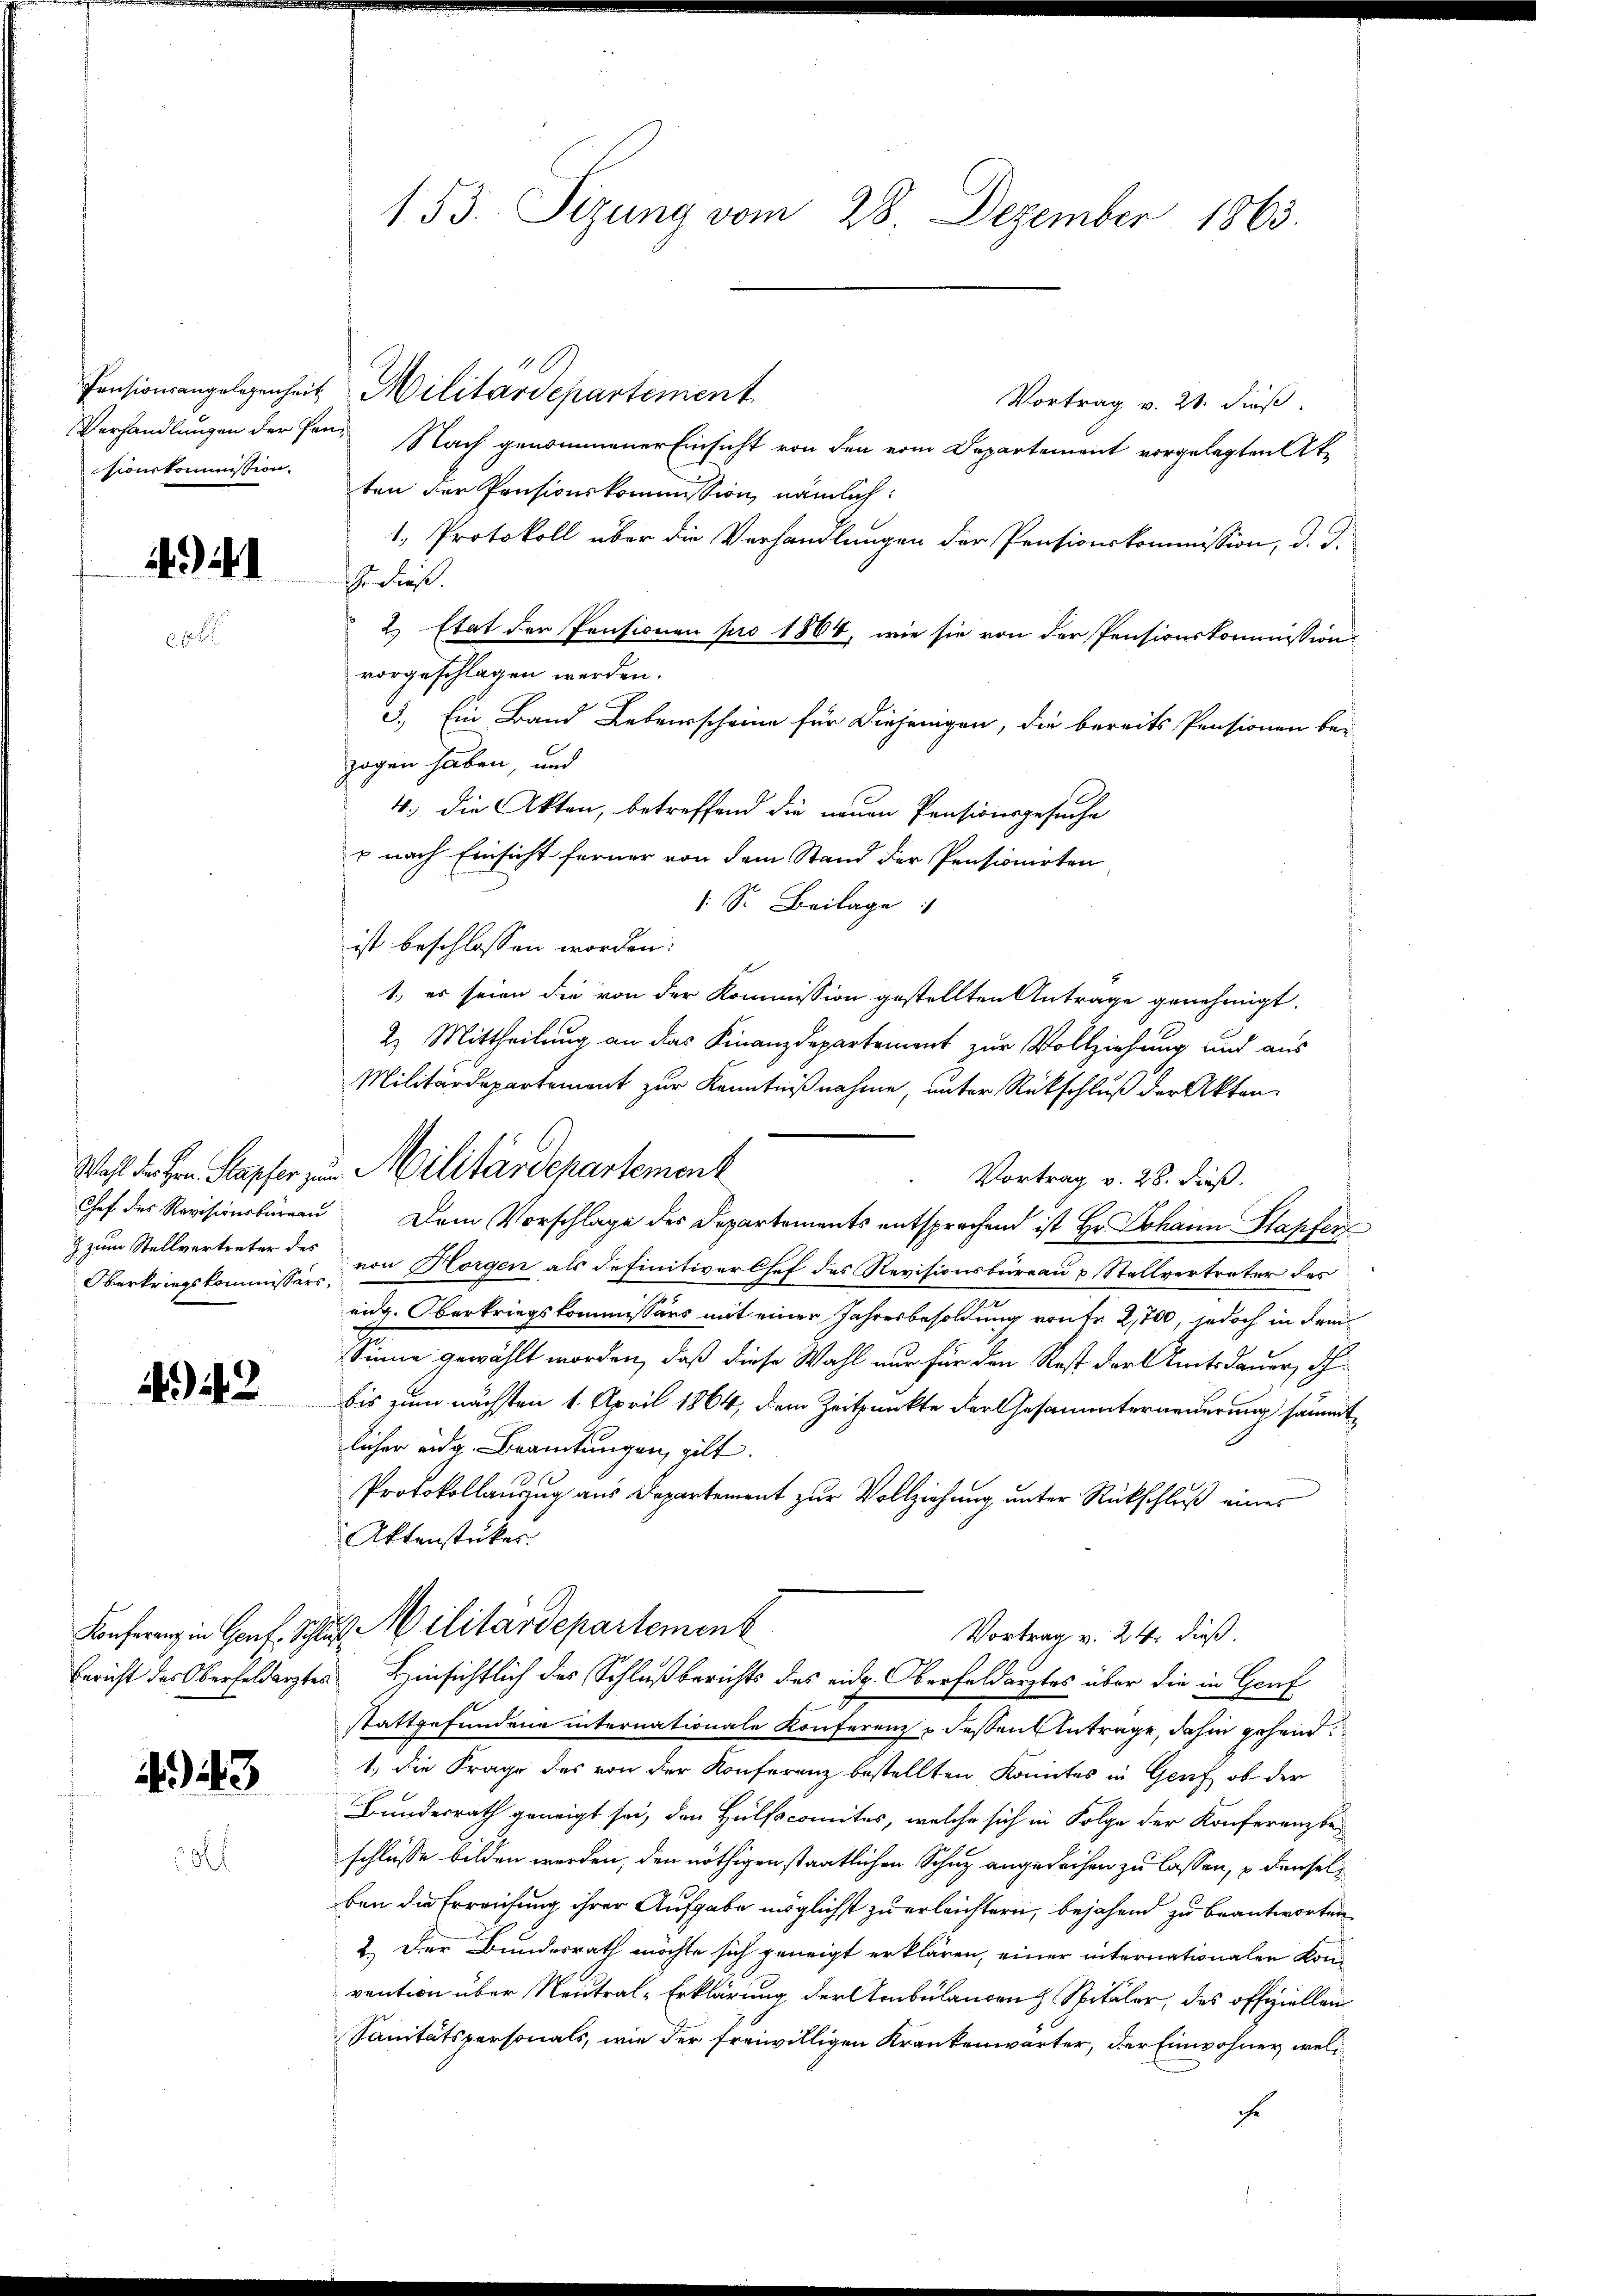
sionskommission.

1

z zum Stellvertreter des

442

943

153. Sizung vom 28. Dezember 1863.

Vortrag v. 21. dieß.
Verhandlungen der Fan Nach genommener Einsicht von den vom Departement vorgelegten Akten der Pensionskommission, nämlich:
1. Protokoll über die Verhandlungen der Pensionskommission, d. d.
r diese.
2.) Etat der Pensionen pro 1864, wie sie von der Pensionskommission
vorgeschlagen werden.
3. Ein Band Lebensscheine für diejenigen, die bereits Pensionen be-
zogen haben, und
4. die Akten, betreffend die neuen Pensionsgesuche
p nach Einsicht ferner von dem Stand der Pensionirten
: S. Beilage
ist beschlossen worden:
1.) es seien die von der Kommission gestellten Antrage genehmigt.
2.) Mittheilung an das Finanzdepartement zur Vollziehung und aus
Militärdepartement zur Kenntnißnahme, unter Rückschluß der Akten
Vortrag v. 28. dieß.
Chef des Revisionsbüreau. Dem Vorschlage des Departements entsprechend ist Hr. Johann Stapfer
Oberkriegskommissor von Horgen als definitiver Chef des Revisionsbüreau & Stellvertreter des
eidg. Oberkriegskommissärs mit einer Jahresbesoldung von fr 2,700, jedoch in Frei
Sinne gewählt worden, daß diese Wahl nur für den Rest der Amtsdauer, Sch
bis zum nächsten 1. April 1864, dem Zeitpunkte der Gesammterneuerung sämmtlicher eidg. Beamtungen, gilt.
Protokollauszug aus Departement zur Vollziehung unter Rückschluß eines
Aktenstückes.
Konfern in Genf. Schluß ilitardepartement
Vortrag v. 24. dieß.
Bericht des Oberfeldarztes Hinsichtlich das Schlußberichts des eidg. Oberfeldarztes über die in Genf
stattgefundene internationale Konferenz u dessen Antrage, dahin gehend
1.) Die Frage des von der Konferenz bestellten Konntes in Genf, ob der
Bundesrath geneigt sei, den Hülfscomites, welche sich in Folge der Konferenzbe-
schlüsse bilden werden, den nöthigen staatlichen Schuz angedeihen zu lassen, u denselben die Erreichung ihrer Aufgabe möglichst zu erleichtern, bejahend zu beantworten
2.) Der Bundesrath möchte sich geneigt erklären, einer internationalen Konvention über Neutral-Erklärung der Ambülancenz Spitäler, des offiziellen
Sanitätspersonals, wie der freiwilligen Krankenwärter, der Einwohner, welche

Pensionsangelegenheit Militärdepartement

Wahl der Hrn. Stapfer zum Militärdepartement